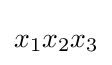
x_{1}x_{2}x_{3}